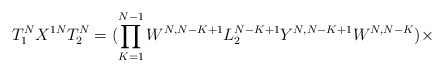
\begin{align*}T^{N}_1X^{1N}T^{N}_2 = (\prod_{K=1}^{N-1} W^{N,N-K+1}L^{N-K+1}_2Y^{N,N-K+1}W^{N,N-K})\times\end{align*}